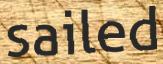
sailed